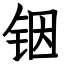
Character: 铟